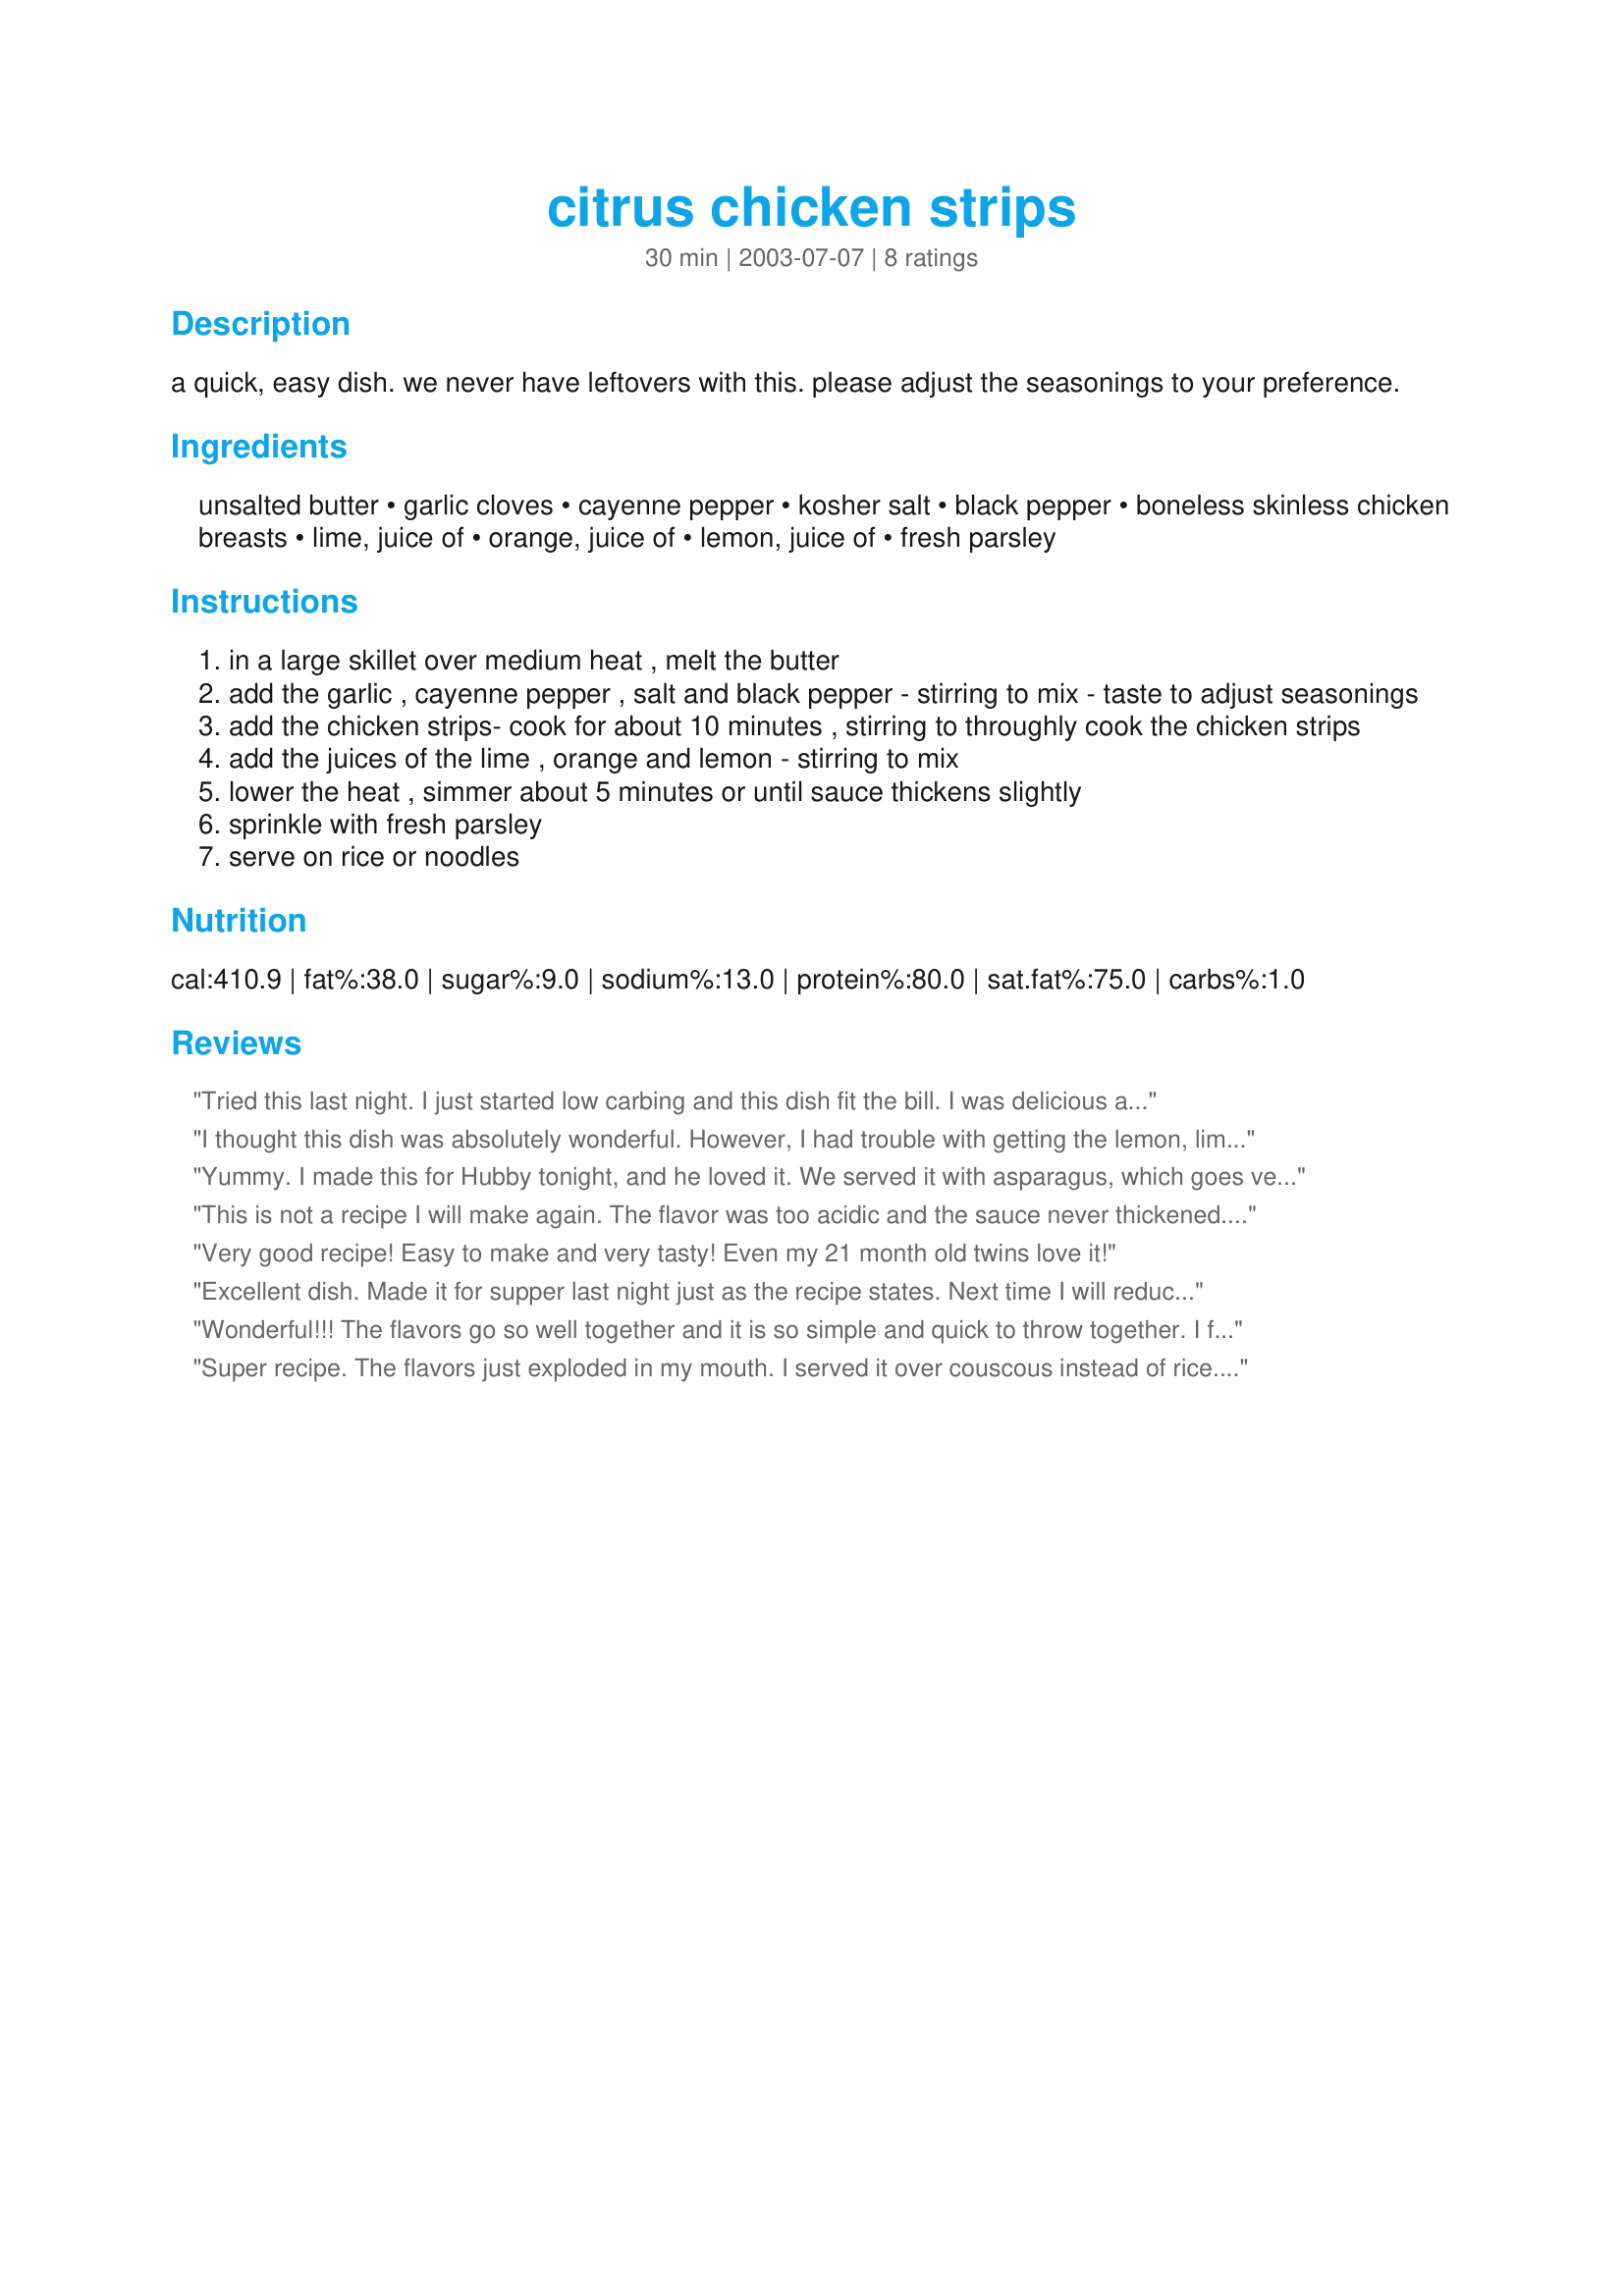
citrus chicken strips
Preparation time: 30 minutes

a quick, easy dish. we never have leftovers with this. please adjust the seasonings to your preference.

Ingredients:
unsalted butter, garlic cloves, cayenne pepper, kosher salt, black pepper, boneless skinless chicken breasts, lime, juice of, orange, juice of, lemon, juice of, fresh parsley

Steps:
in a large skillet over medium heat , melt the butter
add the garlic , cayenne pepper , salt and black pepper - stirring to mix - taste to adjust seasonings
add the chicken strips- cook for about 10 minutes , stirring to throughly cook the chicken strips
add the juices of the lime , orange and lemon - stirring to mix
lower the heat , simmer about 5 minutes or until sauce thickens slightly
sprinkle with fresh parsley
serve on rice or noodles

Reviews:
Tried this last night. I just started low carbing and this dish fit the bill.

I was delicious and even the non-low carbers enjoyed it.
I thought this dish was absolutely wonderful. However, I had trouble with getting the lemon, lime and orange juice to mix well with the butter sauce and could not get it to thicken at all. I ended up taking the chicken out and stirring the mixture and had to add a little corn starch to thicken it a little. Any suggestions on what I did wrong, because I want to make this again and rate it, but I don't think I will right now. dcmac
Yummy. I made this for Hubby tonight, and he loved it. We served it with asparagus, which goes very well with the flavors in the sauce.
This is not a recipe I will make again. The flavor was too acidic and the sauce never thickened. Maybe something I did wrong??
Very good recipe! Easy to make and very tasty! Even my 21 month old twins love it!
Excellent dish. Made it for supper last night just as the recipe states. Next time I will reduce the cayenne just a tad, it was a little hot for my liking, however, RJ didn't even feel the hot, as usual. Recipe was quick, easy and on the table in no time. Will be a keeper for us. Thanks for sharing peachez. Tweeky, a.k.a. Judi
Wonderful!!! The flavors go so well together and it is so simple and quick to throw together. I first made this last month. And it has become a requested dinner EVERY WEEK in our house. We really love the sauce over jasmine rice. I usually serve either brussel sprouts or broccoli with this, and use the sauce as a topping for the veggies. Thanks a million for a new family fave!
Super recipe. The flavors just exploded in my mouth. I served it over couscous instead of rice. A definite keeper. Thanks so much.
